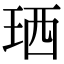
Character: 𤥒